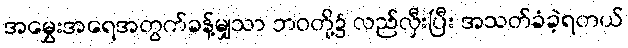
အမွှေးအရေအတွက်ခန့်မျှသာ ဘဝတို့၌ လည်လှီးပြီး အသတ်ခံခဲ့ရတယ်